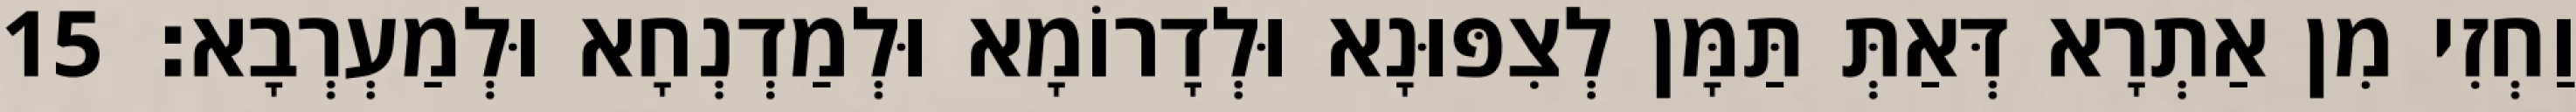
וַחְזִי מִן אַתְרָא דְּאַתְּ תַּמָּן לְצִפּוּנָא וּלְדָרוֹמָא וּלְמַדְנְחָא וּלְמַעְרְבָא׃ 15